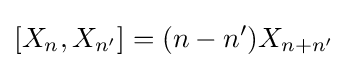
[X_{n},X_{n'}]=(n-n')X_{n+n'}